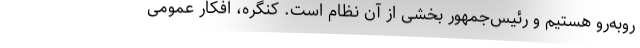
روبه‌رو هستیم و رئیس‌جمهور بخشی از آن نظام است. کنگره، افکار عمومی